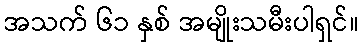
အသက် ၆၁ နှစ် အမျိုးသမီးပါရှင်။